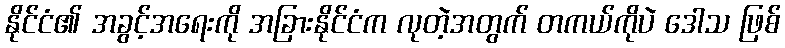
နိုင်ငံ၏ အခွင့်အရေးကို အခြားနိုင်ငံက လုတဲ့အတွက် တကယ်ကိုပဲ ဒေါသ ဖြစ်